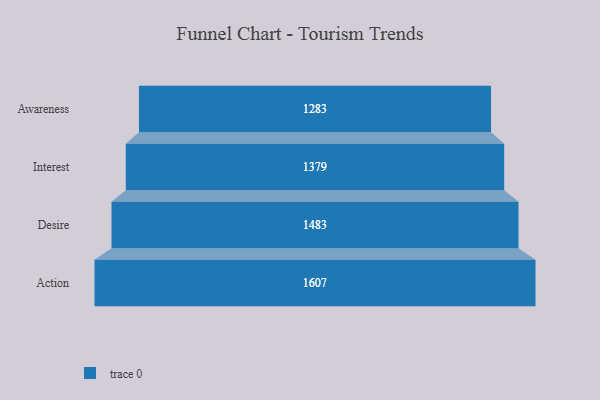
{"axis": {"x": "Stage", "y": "Value"}, "legend": [""], "data": [{"x": "Awareness", "y": 1283.0, "type": ""}, {"x": "Interest", "y": 1379.0, "type": ""}, {"x": "Desire", "y": 1483.0, "type": ""}, {"x": "Action", "y": 1607.0, "type": ""}]}